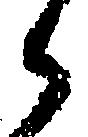
御